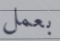
بعمل